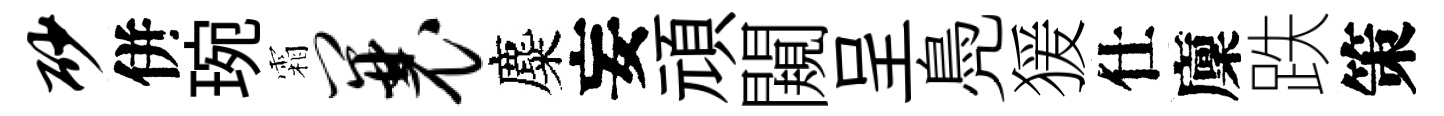
砂併琬霜曩麋妄頑闚呈鳧猨仕廩跌策